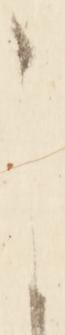
こ